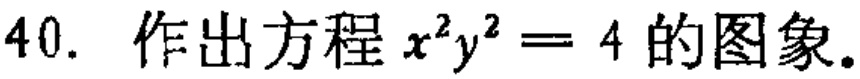
40. 作出方程 \(x^{2}y^{2}=4\) 的图象。